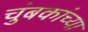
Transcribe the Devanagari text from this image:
चुंबकांच्या